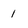
Character: 1